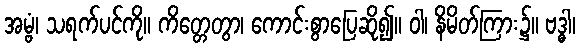
အမ္ဗံ၊ သရက်ပင်ကို။ ကိတ္တေတွာ၊ ကောင်းစွာပြေဆို၍။ ဝါ၊ နိမိတ်ကြား၌။ ဗဒ္ဓါ၊